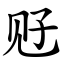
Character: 觃